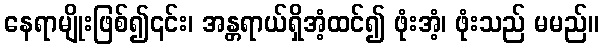
နေရာမျိုးဖြစ်၍၎င်း၊ အန္တရာယ်ရှိအံ့ထင်၍ ဖုံးအံ့၊ ဖုံးသည် မမည်။